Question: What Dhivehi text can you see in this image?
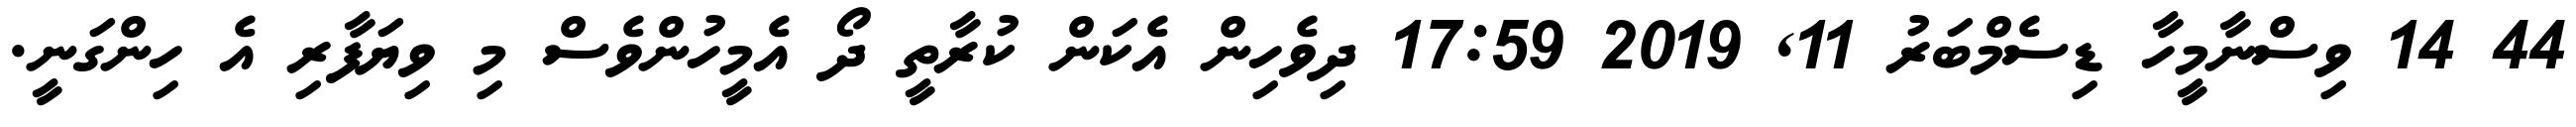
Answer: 44 14 ވިސްނާމީހާ ޑިސެމްބަރު 11, 2019 17:59 ދިވެހިން އެކަން ކުރާތީ ދޯ އެމީހުންވެސް މި ވިޔަފާރި އެ ހިންގަނީ.